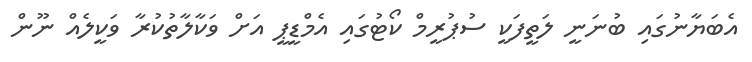
އެބަޔާނުގައި ބުނަނީ ލަތީފަކީ ސުޕުރީމް ކޯޓުގައި އެމްޑީޕީ އަށް ވަކާލާތުކުރާ ވަކީލެއް ނޫން